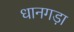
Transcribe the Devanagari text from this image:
धानगड़ा